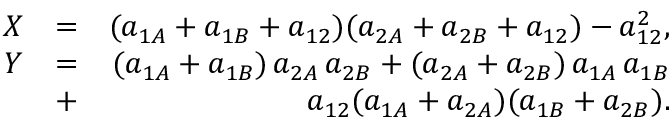
\begin{array} { r l r } { X } & { = } & { ( a _ { 1 A } + a _ { 1 B } + a _ { 1 2 } ) ( a _ { 2 A } + a _ { 2 B } + a _ { 1 2 } ) - a _ { 1 2 } ^ { 2 } , } \\ { Y } & { = } & { ( a _ { 1 A } + a _ { 1 B } ) \, a _ { 2 A } \, a _ { 2 B } + ( a _ { 2 A } + a _ { 2 B } ) \, a _ { 1 A } \, a _ { 1 B } } \\ & { + } & { a _ { 1 2 } ( a _ { 1 A } + a _ { 2 A } ) ( a _ { 1 B } + a _ { 2 B } ) . } \end{array}